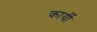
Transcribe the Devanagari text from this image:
कार्यी